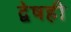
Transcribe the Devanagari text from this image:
द्वेषही